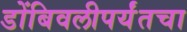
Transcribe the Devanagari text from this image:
डोंबिवलीपर्यंतचा